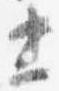
忠